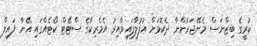
ކުރީގެ ބިޒްނަސް މެނޭޖަރުންނާ ދެކޮޅަށް އުފުލާފައިވާއިރު އެމެރިކާގެ ސްޓޭޓް ކޯޓެއްގައި އޭނާ ފައިލް